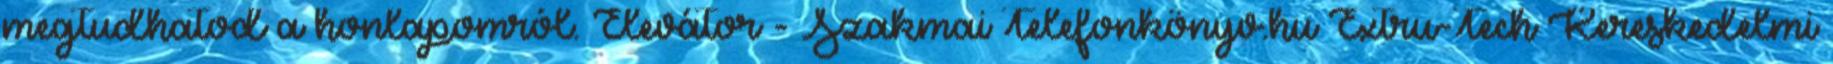
megtudhatod a honlapomról. Elevátor - Szakmai Telefonkönyv.hu Extru-Tech Kereskedelmi